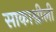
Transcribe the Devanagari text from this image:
साकाश्वीली